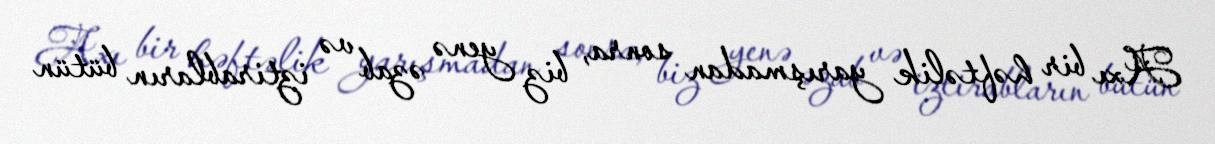
Axı bir həftəlik yarışmadan sonra, biz yenə əzab və iztirabların bütün